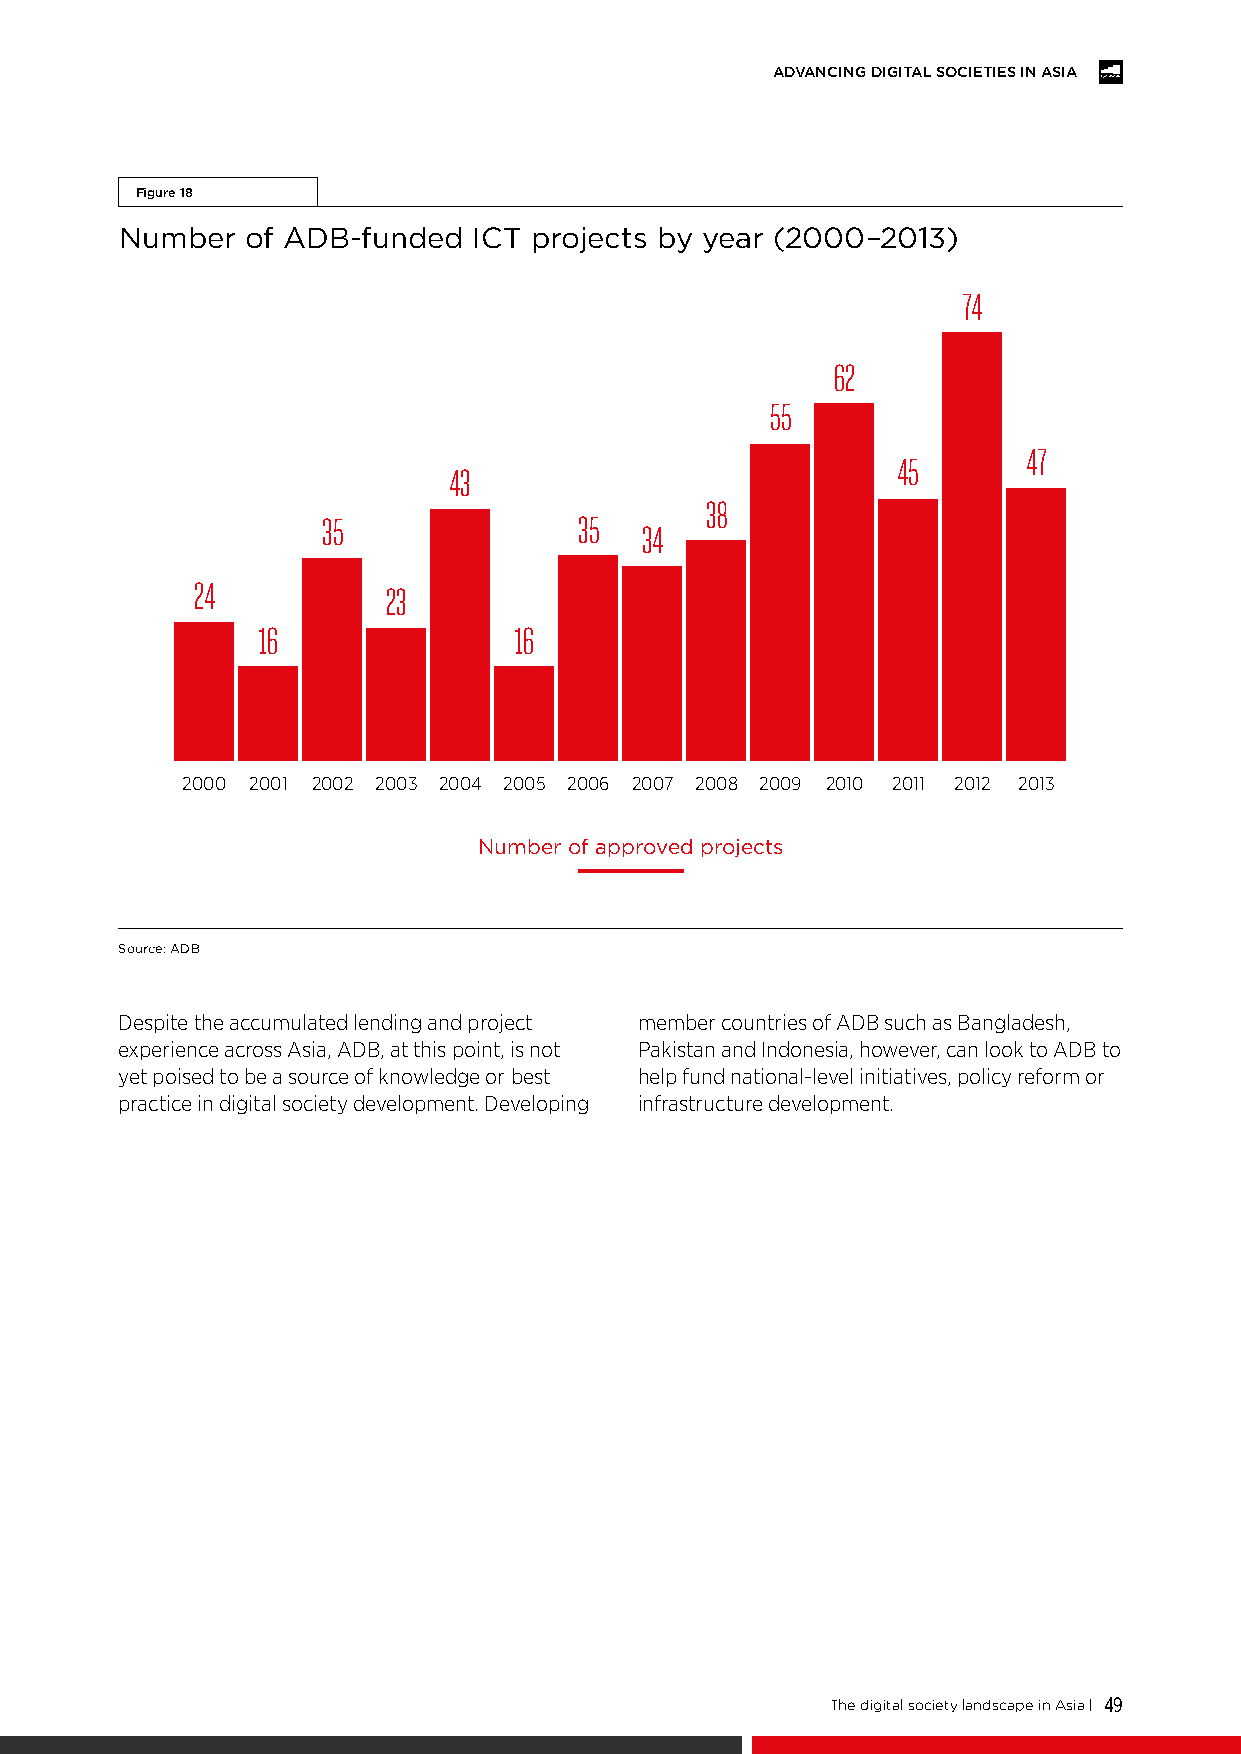
ADVANCING DIGITAL SOCIETIES IN ASIA
 Figure 18
 Number  of ADB-funded  ICT projects by year (2000–2013)
 74
 62
 55
 47
 45
 43
 38
 35               35
 34
 24
 23
 16               16
 2000 2001 2002 2003 2004 2005 2006 2007 2008 2009 2010 2011 2012 2013
 Number of approved projects
 Source: ADB
 Despite the accumulated lending and project member countries of ADB such as Bangladesh,
 experience across Asia, ADB, at this point, is not Pakistan and Indonesia, however, can look to ADB to
 yet poised to be a source of knowledge or best help fund national-level initiatives, policy reform or
 practice in digital society development. Developing infrastructure development.
 The digital society landscape in Asia | 49